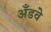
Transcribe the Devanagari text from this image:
अँडवे